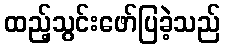
ထည့်သွင်းဖော်ပြခဲ့သည်